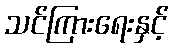
သင်ကြားရေးနှင့်